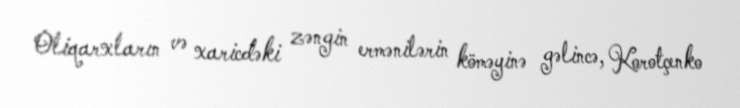
Oliqarxların və xaricdəki zəngin ermənilərin köməyinə gəlincə, Korotçenko